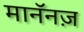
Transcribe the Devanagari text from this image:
मानॅनज़